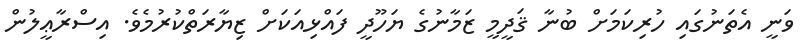
ވަނީ އެތަނުގައި ހުރިކަމަށް ބުނާ ޤަދީމީ ޒަމާނުގެ ޔަހޫދީ ފައްޅިއަކަށް ޒިޔާރަތްކުރުމެވެ. އިސްރާޢީލުން